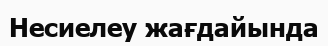
Hесиелеу жағдайында